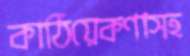
কাঠিয়েকণাসহ